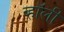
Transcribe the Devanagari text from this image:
व्हॉली